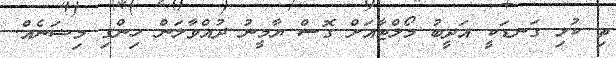
ތި ކުޅި ގަނޑަކީ އަދީބު މޯލްޓާއަށް ގޮސް ޔާމީނު ދުއްވާލަން ހިންގި މިޟަނެއް.